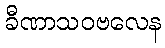
ခီဏာသဝဗလေန